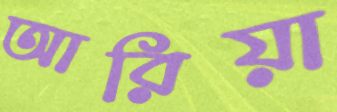
আরিয়া